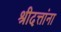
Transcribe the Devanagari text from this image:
श्रीदत्तांना